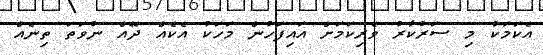
އެކަމަކު މި ސަރުކާރު ވެރިކަމަށް އައިފަހުން މަހަކު އެކެއް ދޭއް ނުވަތަ ތިނެއް